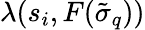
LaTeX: \lambda(s_{i},F(\tilde{\sigma}_{q}))